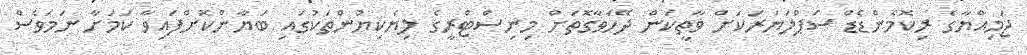
ޖަމިއްޔާގެ ރިކޮމެންޑެޑް ސަޕްލަޔަރަކަށް ވާތީކަން ދޭހަވާގޮތަށް މިނިސްޓްރީގެ ލިޔެކިޔުންތަކުގައި ބަޔާންކޮށްފައިވާ ކަމަށާ ނަމަވެސް